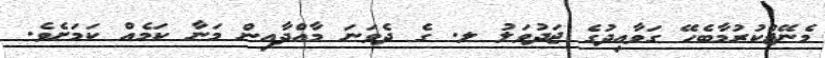
މެނޭޖްކުރުމާބެހޭ ގަވާއިދުގެ ޖަދުވަލު ލ. ގެ ދެވަނަ މާއްދާއިން މަނާ ކަމެއް ކަމަށެވެ.